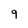
Character: 9